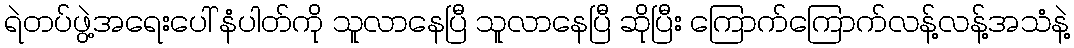
ရဲတပ်ဖွဲ့အရေးပေါ် နံပါတ်ကို သူလာနေပြီ သူလာနေပြီ ဆိုပြီး ကြောက်ကြောက်လန့်လန့်အသံနဲ့